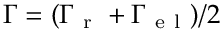
\Gamma = ( \Gamma _ { \mathrm { ~ r ~ } } + \Gamma _ { \mathrm { ~ e ~ l ~ } } ) / 2